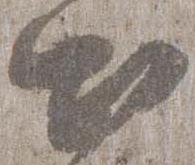
出